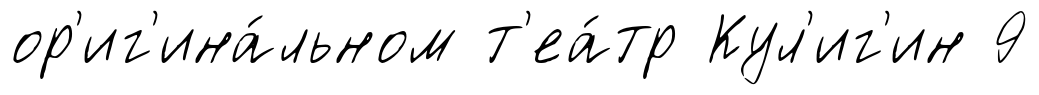
ор'иг'ина́льном т'еа́тр Кул'иг'ин 9